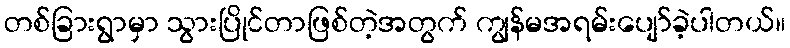
တစ်ခြားရွာမှာ သွားပြိုင်တာဖြစ်တဲ့အတွက် ကျွန်မအရမ်းပျော်ခဲ့ပါတယ်။